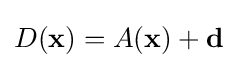
D(\mathbf {x} )=A(\mathbf {x} )+\mathbf {d}